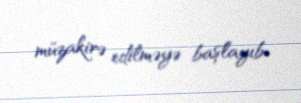
müzakirə edilməyə başlayıb.